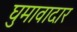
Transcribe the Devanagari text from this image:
घुमावादार